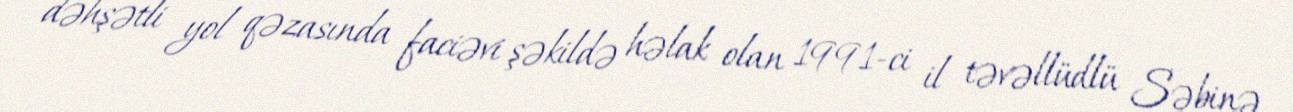
dəhşətli yol qəzasında faciəvi şəkildə həlak olan 1991-ci il təvəllüdlü Səbinə